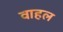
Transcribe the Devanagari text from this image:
वाहल